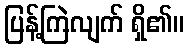
ပြန့်ကြဲလျက် ရှိ၏။